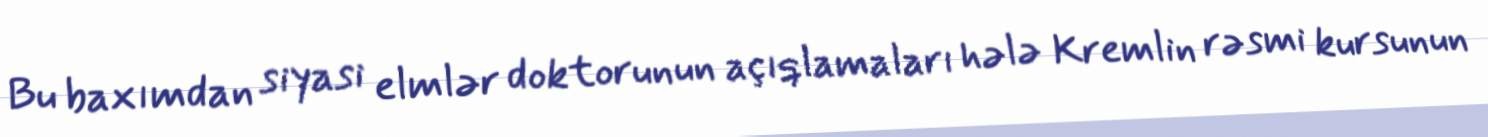
Bu baxımdan siyasi elmlər doktorunun açıqlamaları hələ Kremlin rəsmi kursunun